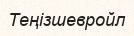
Теңізшевройл